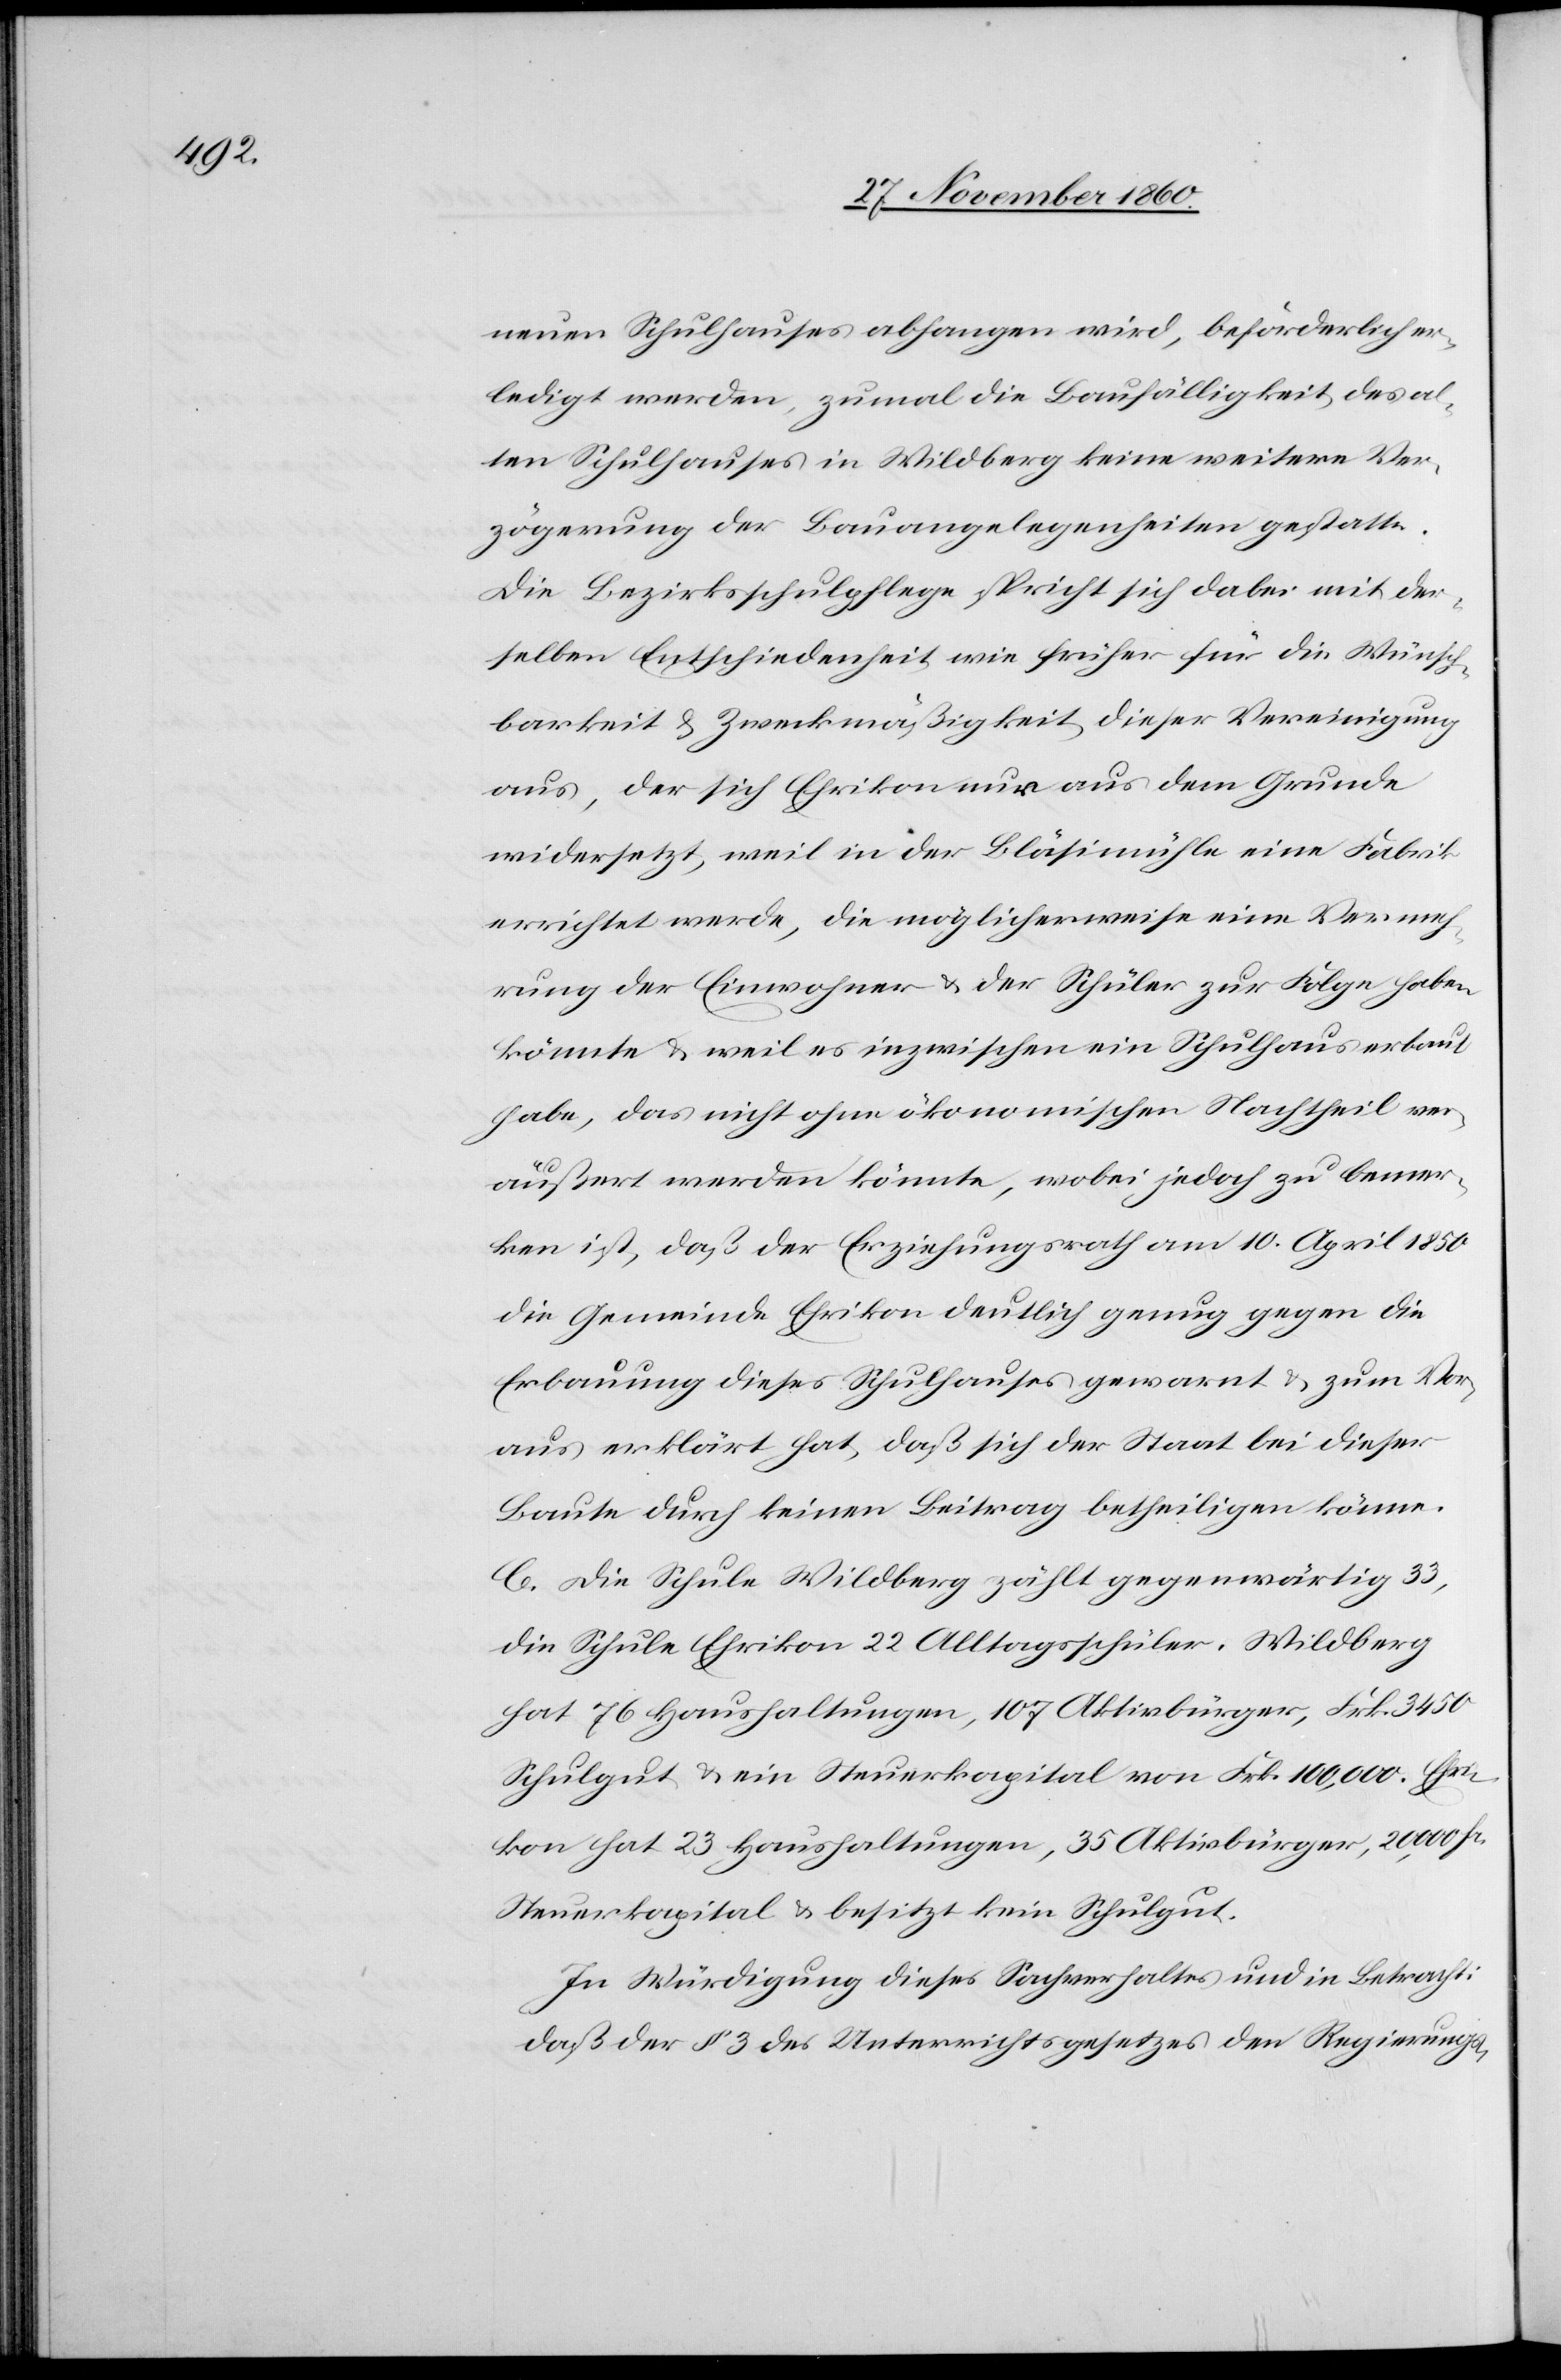
neuen Schulhauses abhangen wird, beförderlich er¬
ledigt werden, zumal die Baufälligkeit, des al¬
ten Schulhauses in Wildberg keine weitere Ver¬
zögerung der Bauangelegenheiten gestatte.
Die Bezirksschulpflege spricht sich dabei mit der¬
selben Entschiedenheit wie früher für die Wünsch¬
barkeit u. Zweckmäßigkeit dieser Vereinigung
aus, der sich Ehrikon nur aus dem Grunde
widersetzt, weil in der Bläsimühle eine Fabrik
errichtet werde, die möglicherweise eine Vermeh¬
rung der Einwohner u. der Schüler zur Folge haben
könnte u. weil es inzwischen ein Schulhaus erbaut
habe, das nicht ohne ökonomischen Nachtheil ver¬
äußert werden könnte, wobei jedoch zu bemer¬
ken ist, daß der Erziehungsrath am 10. April 1850
die Gemeinde Ehrikon deutlich genug gegen die
Erbauung dieses Schulhauses gewarnt u. zum Vor¬
aus erklärt hat, daß sich der Staat bei dieser
Baute durch keinen Beitrag betheiligen könne.
C. Die Schule Wildberg zählt gegenwärtig 33,
die Schule Ehrikon 22 Alltagsschüler. Wildberg
hat 76 Haushaltungen, 107 Aktivbürger, Frk. 3450
Schulgut u. ein Steuerkapital von Frk. 100,000. Ehri¬
kon hat 23 Haushaltungen, 35 Aktivbürger, 20,000 Fr.
Steuerkapital u. besitzt kein Schulgut.
In Würdigung dieses Sachverhaltes und in Betracht,
daß der § 3 des Unterrichtsgesetzes den Regierungs-